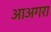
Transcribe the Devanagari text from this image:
आअगरा